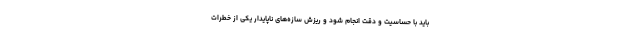
باید با حساسیت و دقت انجام شود و ریزش سازه‌های ناپایدار یکی از خطرات